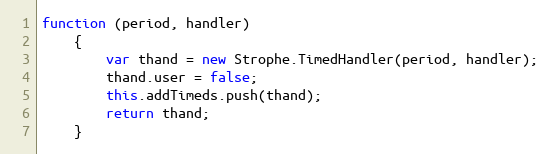
Language: JavaScript
function (period, handler)
    {
        var thand = new Strophe.TimedHandler(period, handler);
        thand.user = false;
        this.addTimeds.push(thand);
        return thand;
    }